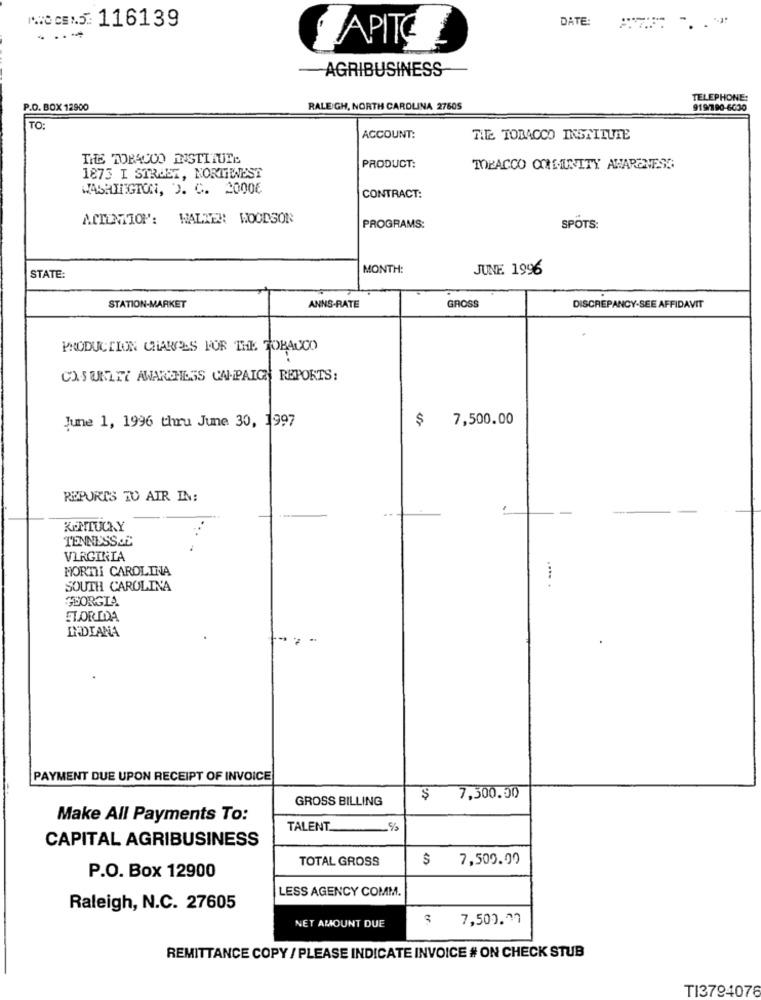
MOCEN5: 116139
DATE:
APITE
AGRIBUSINESS
TELEPHONE:
P.O. BOX 12900
RALEIGH, NORTH CAROLINA 2760S
919/790-6630
TO:
ACCOUNT:
THE TOBACCO INSTITUTE
THE TOBACCO INSTITUTE
PRODUCT:
TOBACCO COMMUNITY AWARENESS
1873 I STREET, NORTHWEST
WASHINGTON, D. C. 20006
CONTRACT:
ACILNITOP: WALTER WOODSON
PROGRAMS:
SPOTS:
MONTH:
JUNE 1996
STATE:
STATION-MARKET
ANNS-RATE
GROSS
DISCREPANCY-SEE AFFIDAVIT
PRODUCTION CHARGES FOR THE TOBACCO
CX.SUNNY AWARENESS CAMPAIGN REPORTS:
$
7,500.00
June 1, 1996 thru June 30, 1997
REPORTS TO AIR IN:
KENTUCKY
...
TENNISSS &C
VIRGINIA
MORTII CAROLINA
....
SOUTH CAROLINA
GEORGIA
FLORIDA
INDIANA
PAYMENT DUE UPON RECEIPT OF INVOICE
GROSS BILLING
$
7,500.00
Make All Payments To:
TALENT.
CAPITAL AGRIBUSINESS
TOTAL GROSS
$
7,509.00
P.O. Box 12900
LESS AGENCY COMM.
Raleigh, N.C. 27605
NET AMOUNT DUE
$ 7,500.07
REMITTANCE COPY / PLEASE INDICATE INVOICE # ON CHECK STUB
TI3794076